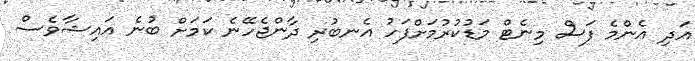
އަދި އެންމެ ފަސް މިނެޓް މަޑުކުރުމަށްފަހު އެނބުރި ދާންޖެހޭނެ ކަމަށް ބުނެ އައިޝާވެސް